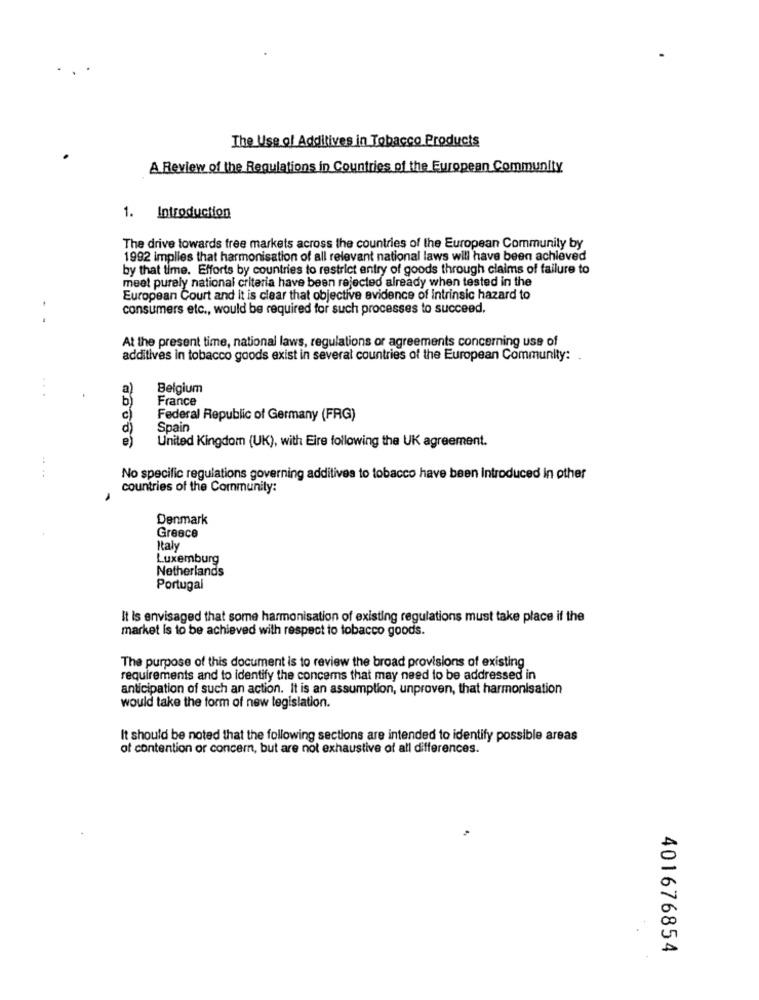
The Use of Additives in Tobacco Products
A Review of the Regulations in Countries of the European Community
1. Introduction
The drive towards free markets across the countries of the European Community by
1992 implies that harmonisation of all relevant national laws will have been achieved
by that time. Efforts by countries to restrict entry of goods through claims of failure to
meet purely national criteria have been rejected already when tested in the
European Court and it is clear that objective evidence of intrinsic hazard to
consumers etc ., would be required for such processes to succeed.
At the present time, national laws, regulations or agreements concerning use of
additives in tobacco goods exist in several countries of the European Community :.
a)
Belgium
...
b
France
c)
Federal Republic of Germany (FRG)
d)
Spain
e)
United Kingdom (UK), with Eire following the UK agreement.
....
No specific regulations governing additives to tobacco have been Introduced In other
countries of the Community:
Denmark
Greece
Italy
Luxemburg
Netherlands
Portugal
It Is envisaged that some harmonisation of existing regulations must take place if the
market is to be achieved with respect to tobacco goods.
The purpose of this document is to review the broad provisions of existing
requirements and to identify the concems that may need to be addressed in
anticipation of such an action. It is an assumption, unproven, that harmonisation
would take the form of new legislation.
It should be noted that the following sections are intended to identify possible areas
of contention or concern, but are not exhaustive of all differences.
401676854